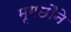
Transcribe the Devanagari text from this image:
मृगछौने